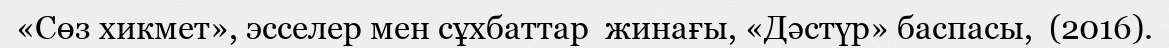
«Сөз хикмет», эсселер мен сұхбаттар  жинағы, «Дәстүр» баспасы,  (2016).